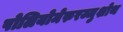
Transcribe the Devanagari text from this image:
पोलियोमेरुरज्जुशोथ